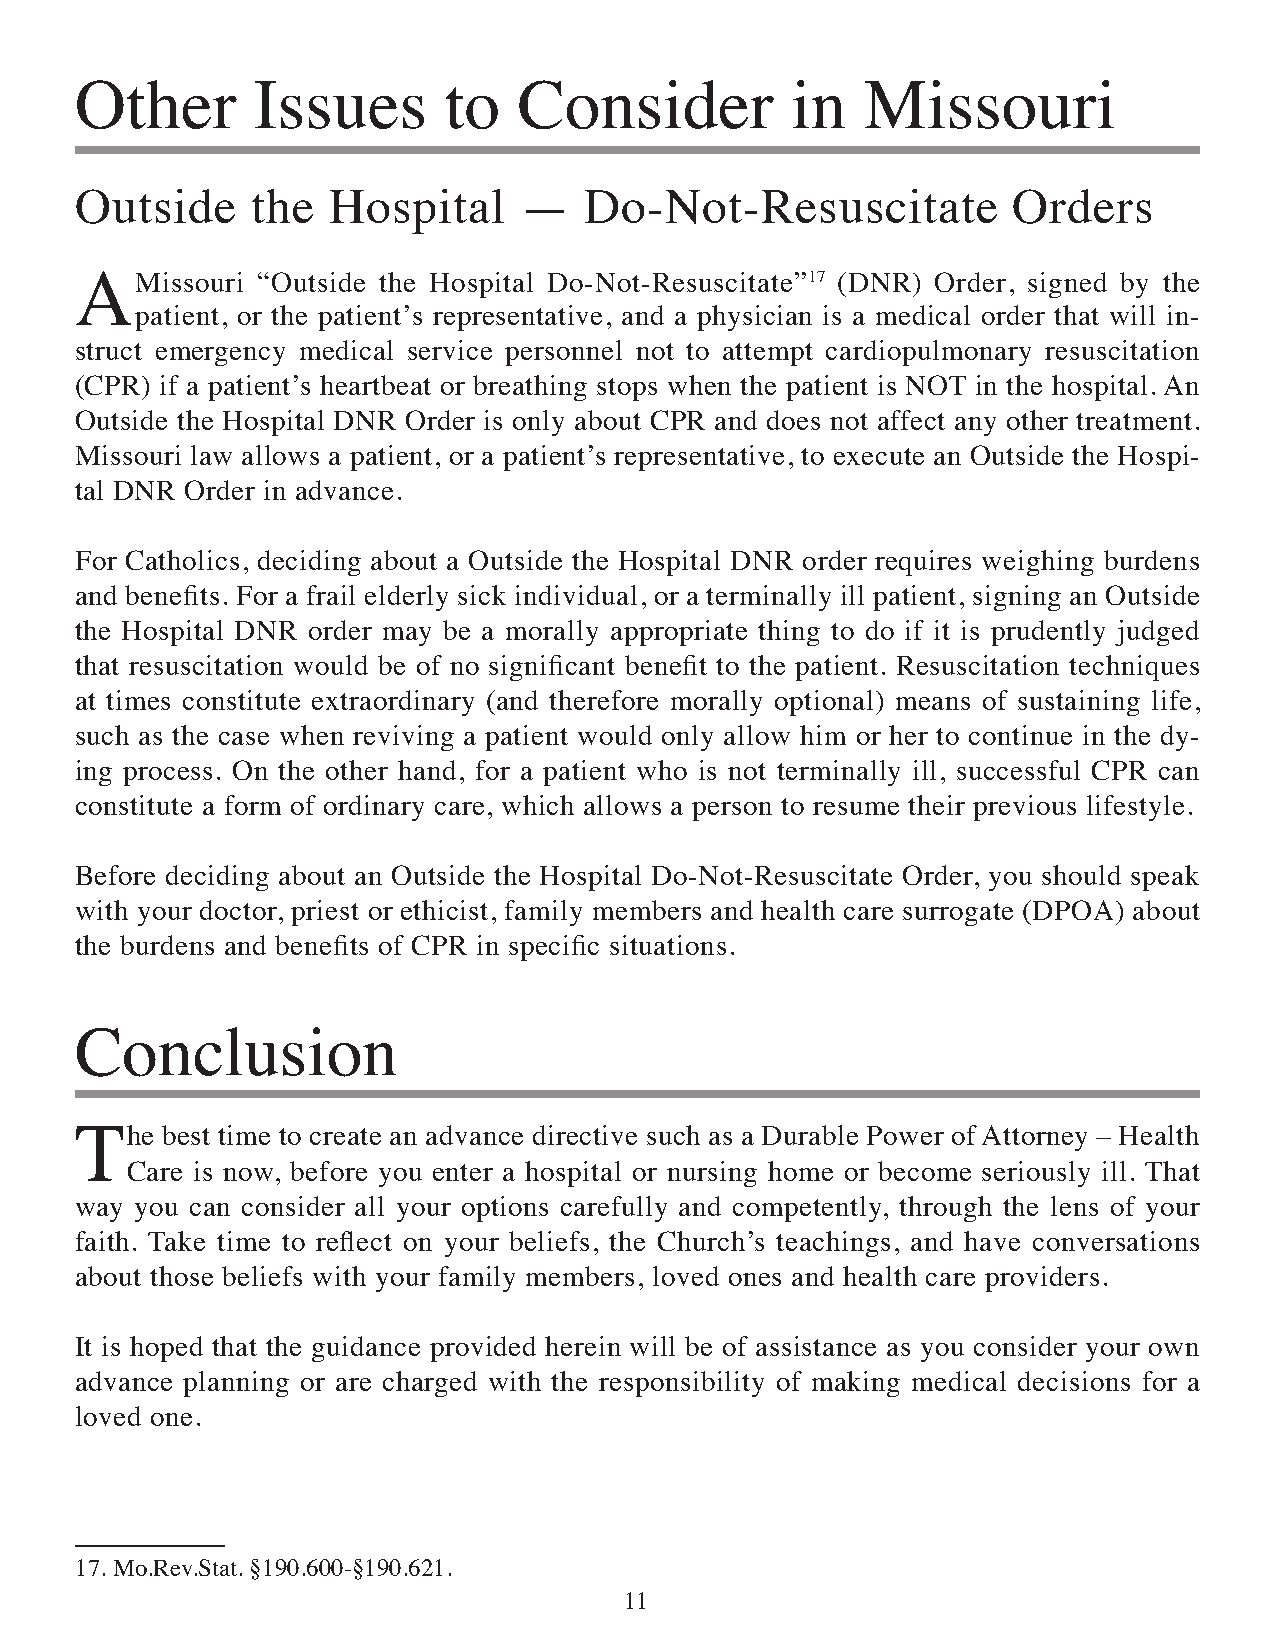
Other       Issues      to   Consider          in   Missouri
 Outside     the  Hospital    —    Do-Not-Resuscitate          Orders
 A   Missouri “Outside the Hospital Do-Not-Resuscitate”17 (DNR) Order, signed by the
 patient, or the patient’s representative, and a physician is a medical order that will in-
 struct emergency medical service personnel not to attempt cardiopulmonary resuscitation
 (CPR) if a patient’s heartbeat or breathing stops when the patient is NOT in the hospital. An
 Outside the Hospital DNR Order is only about CPR and does not affect any other treatment.
 Missouri law allows a patient, or a patient’s representative, to execute an Outside the Hospi-
 tal DNR Order in advance.
 For Catholics, deciding about a Outside the Hospital DNR order requires weighing burdens
 and benefits. For a frail elderly sick individual, or a terminally ill patient, signing an Outside
 the Hospital DNR order may be a morally appropriate thing to do if it is prudently judged
 that resuscitation would be of no significant benefit to the patient. Resuscitation techniques
 at times constitute extraordinary (and therefore morally optional) means of sustaining life,
 such as the case when reviving a patient would only allow him or her to continue in the dy-
 ing process. On the other hand, for a patient who is not terminally ill, successful CPR can
 constitute a form of ordinary care, which allows a person to resume their previous lifestyle.
 Before deciding about an Outside the Hospital Do-Not-Resuscitate Order, you should speak
 with your doctor, priest or ethicist, family members and health care surrogate (DPOA) about
 the burdens and benefits of CPR in specific situations.
 Conclusion
 The   best time to create an advance directive such as a Durable Power of Attorney – Health
 Care is now, before you enter a hospital or nursing home or become seriously ill. That
 way you can consider all your options carefully and competently, through the lens of your
 faith. Take time to reflect on your beliefs, the Church’s teachings, and have conversations
 about those beliefs with your family members, loved ones and health care providers.
 It is hoped that the guidance provided herein will be of assistance as you consider your own
 advance planning or are charged with the responsibility of making medical decisions for a
 loved one.
 17. Mo.Rev.Stat. §190.600-§190.621.
 11